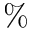
\%